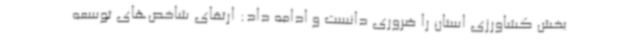
بخش کشاورزی استان را ضروری دانست و ادامه داد: ارتقای شاخص‌های توسعه